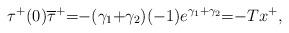
LaTeX: \begin{align*}&\tau^{+}(0)\overline{\tau}^{+}{=}{-}(\gamma_1{+}\gamma_2)(-1)e^{\gamma_1{+}\gamma_2}{=}{-}Tx^{+},\end{align*}